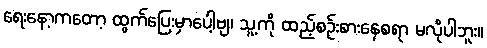
ရေးနော့ကတော့ ထွက်ပြေးမှာပေါ့ဗျ၊ သူ့ကို ထည့်စဉ်းစားနေစရာ မလိုပါဘူး။